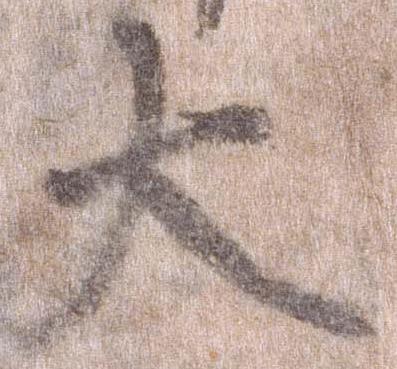
大